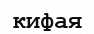
кифая